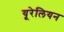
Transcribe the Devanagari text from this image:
यूरेलियन